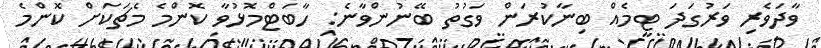
ވާދަވެރި ވަރުގަދަ ޓީމެއް ބިނާކުރަން ވަގުތު ބޭނުންވާނެ: ހާބަޓްމޮޅުވާ ކޮންމެ މެޗަކަށް ކޮންމެ